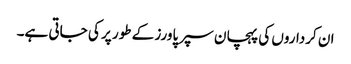
ان کرداروں کی پہچان سپر پاورز کے طور پر کی جاتی ہے۔